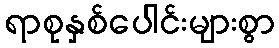
ရာစုနှစ်ပေါင်းများစွာ